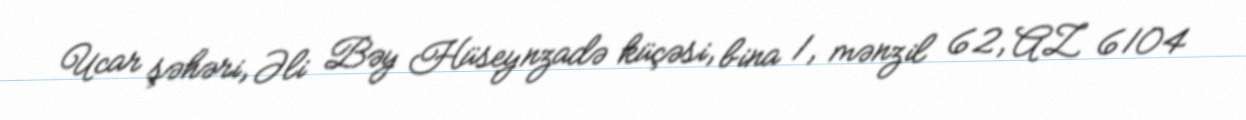
Ucar şəhəri, Əli Bəy Hüseynzadə küçəsi, bina 1, mənzil 62, AZ 6104